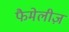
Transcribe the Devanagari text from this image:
फैमेलीज़